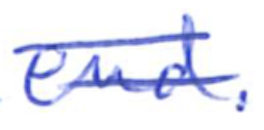
Text: end.
Cross-out: double-line
Writing tool: ballpoint